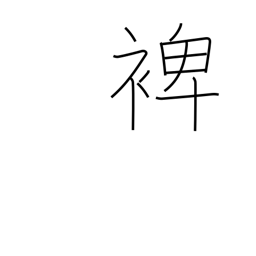
Meaning: help